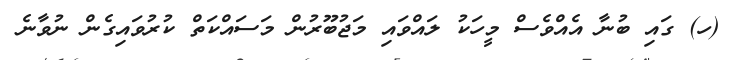
(ހ) ގައި ބުނާ އެއްވެސް މީހަކު ލައްވައި މަޖުބޫރުން މަސައްކަތް ކުރުވައިގެން ނުވާނެ